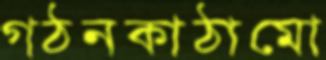
গঠনকাঠামো